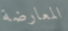
المعارضة